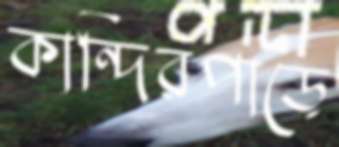
কান্দিরপাড়ে